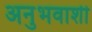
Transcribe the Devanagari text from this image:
अनुभवाशी